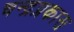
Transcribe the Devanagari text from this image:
चन्द्रप्रकास